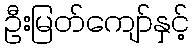
ဦးမြတ်ကျော်နှင့်